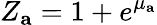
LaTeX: Z_{\mathbf{a}}=1+e^{\mu_{\mathbf{a}}}